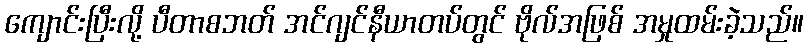
ကျောင်းပြီးလို့ ပီတာစဘတ် အင်ဂျင်နီယာတပ်တွင် ဗိုလ်အဖြစ် အမှုထမ်းခဲ့သည်။